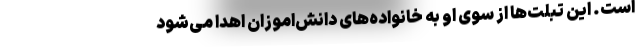
است. این تبلت‌ها از سوی او به خانواده‌های دانش‌اموزان اهدا می‌شود